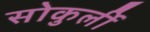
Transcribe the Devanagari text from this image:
सोकुर्ली